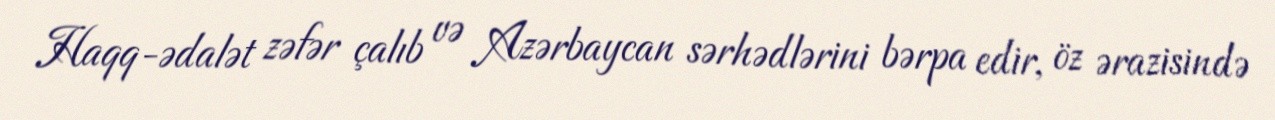
Haqq-ədalət zəfər çalıb və Azərbaycan sərhədlərini bərpa edir, öz ərazisində